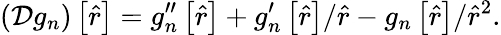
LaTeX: \left(\mathcal{D}g_{n}\right)\left[\hat{r}\right]=g_{n}^{\prime\prime}\left[\hat{r}\right]+g_{n}^{\prime}\left[\hat{r}\right]/\hat{r}-g_{n}\left[\hat{r}\right]/\hat{r}^{2}.